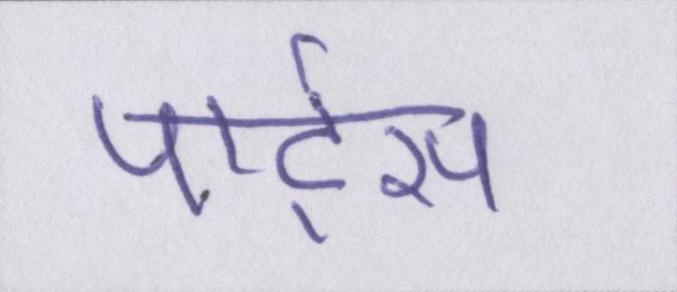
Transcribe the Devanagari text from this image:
पार्ट्स